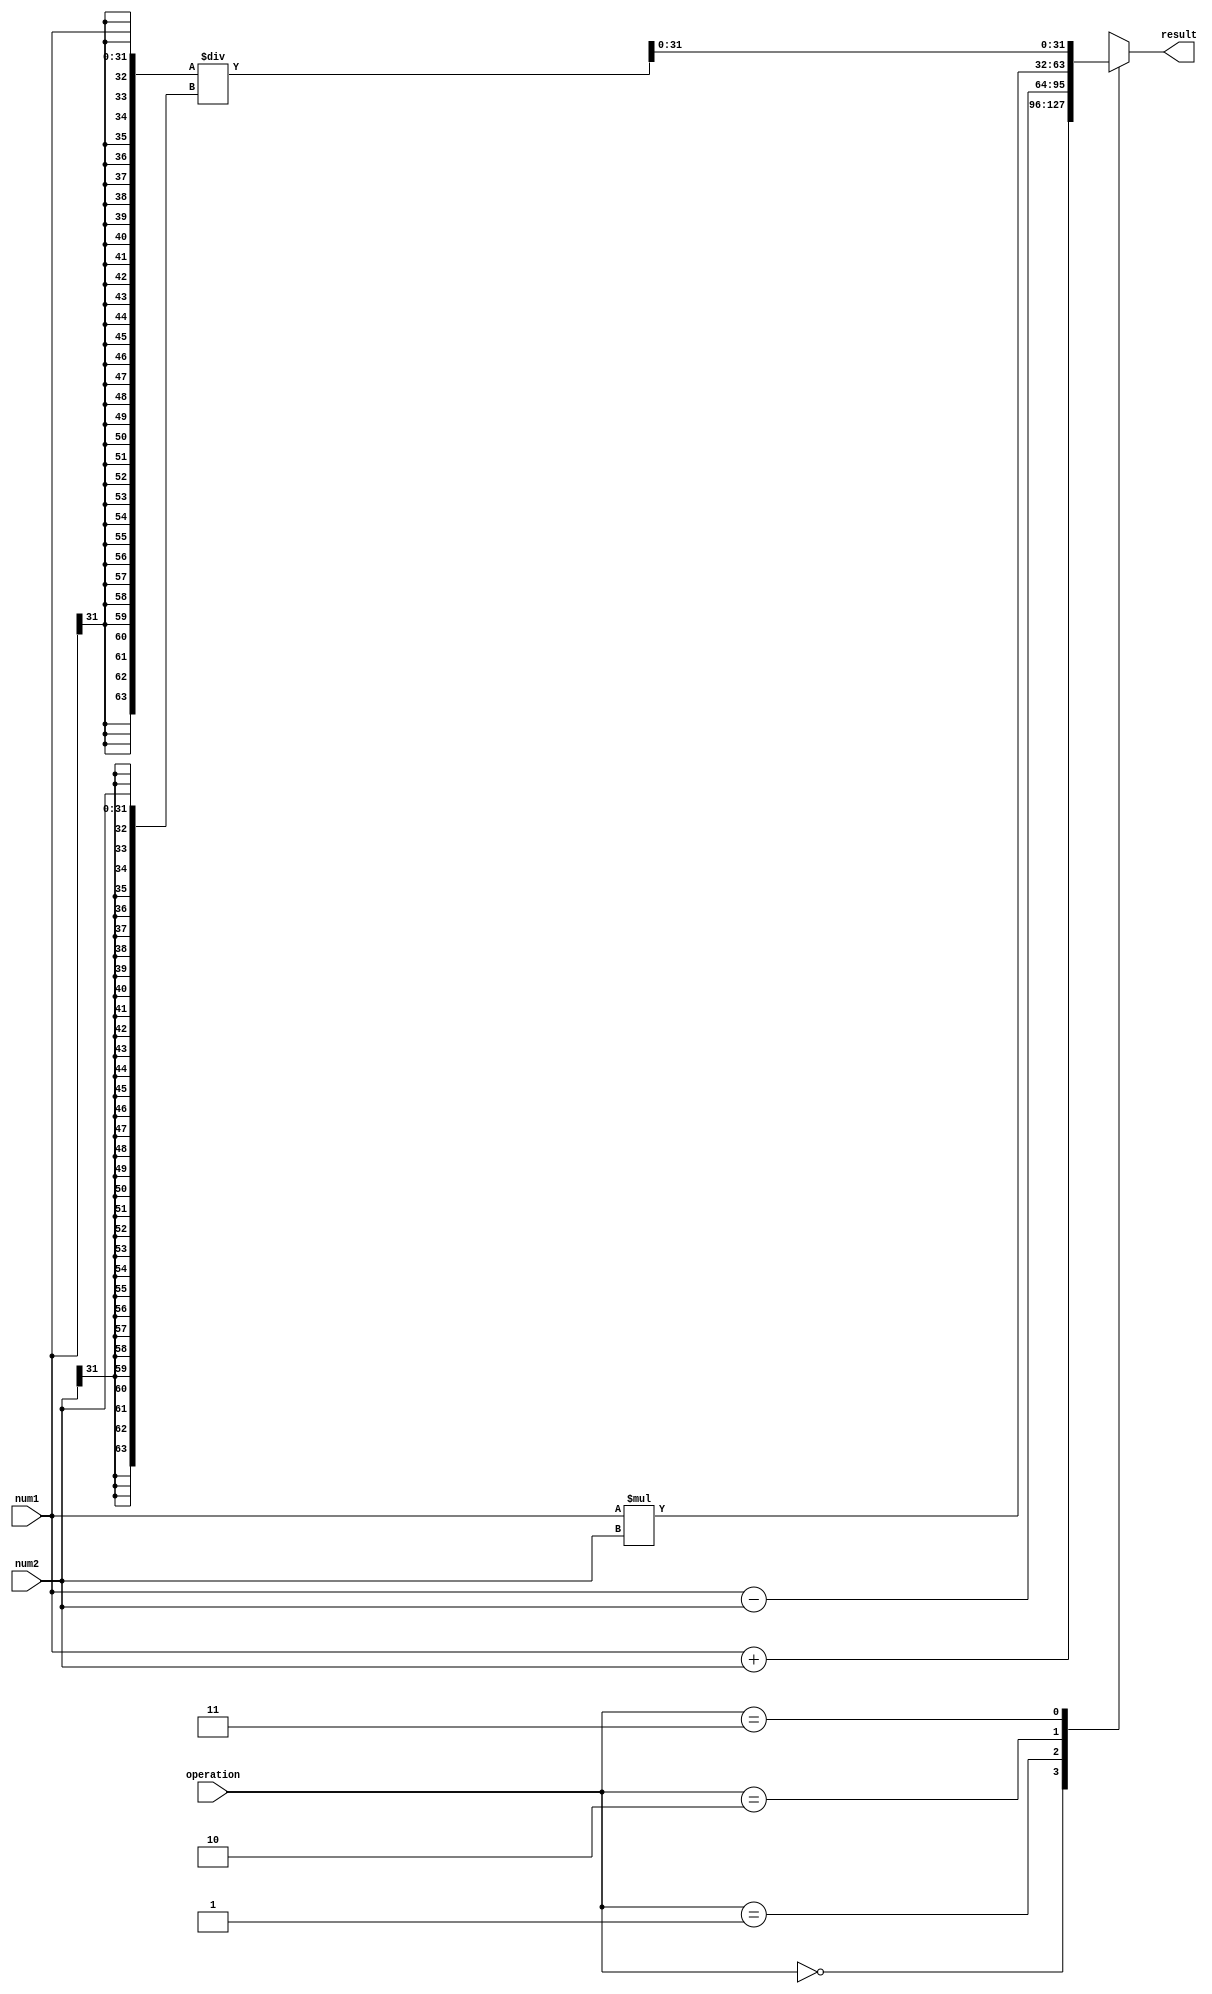
module floating_point_unit (
    input wire [31:0] num1,
    input wire [31:0] num2,
    input wire [1:0] operation, // 0 = addition, 1 = subtraction, 2 = multiplication, 3 = division
    output reg [31:0] result
);

reg [63:0] temp_result; // double-width register for intermediate calculations

always @(num1, num2, operation) begin
    case(operation)
        0: temp_result = $signed(num1) + $signed(num2); // addition
        1: temp_result = $signed(num1) - $signed(num2); // subtraction
        2: temp_result = $signed(num1) * $signed(num2); // multiplication
        3: temp_result = $signed(num1) / $signed(num2); // division
        default: temp_result = 0; // default to zero if invalid operation
    endcase
end

// Rounding operation and precision control can be implemented here

assign result = temp_result[31:0]; // output the lower 32 bits as the result

endmodule